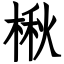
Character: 楸